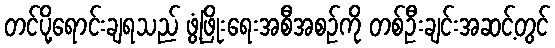
တင်ပို့ရောင်းချရသည် ဖွံ့ဖြိုးရေးအစီအစဉ်ကို တစ်ဦးချင်းအဆင့်တွင်